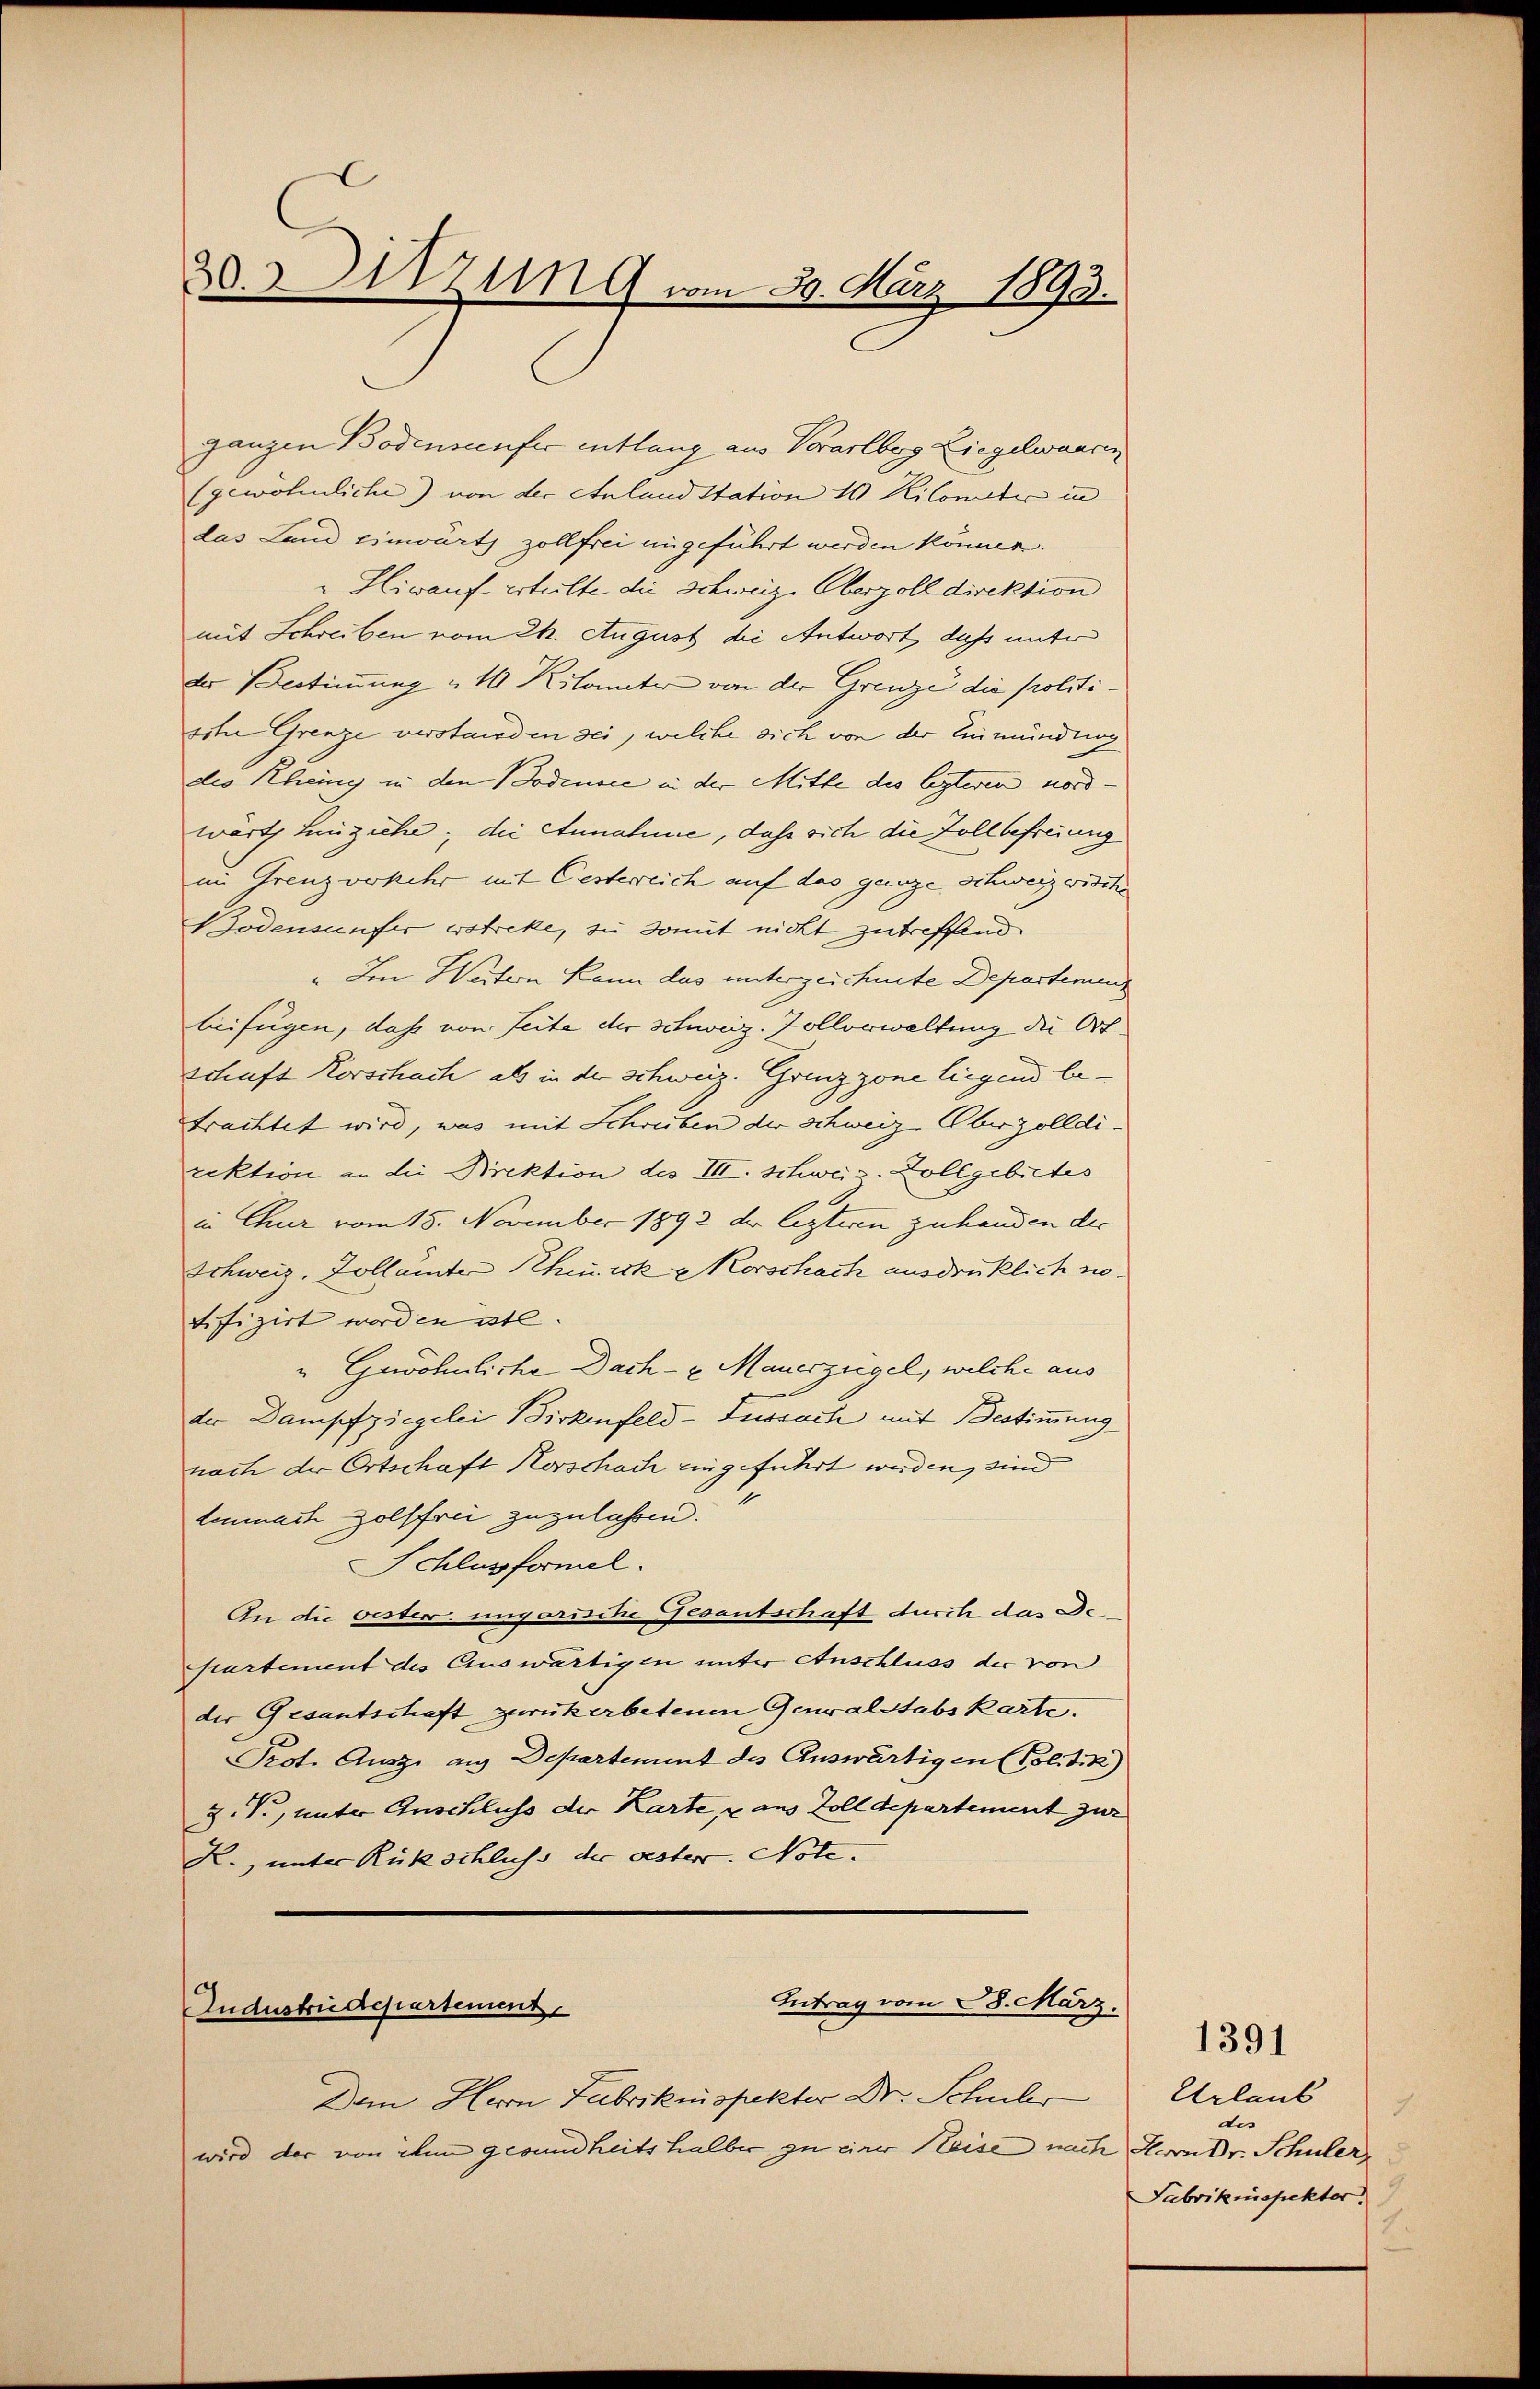
28.Sitzung vom 29. März 1893.

ganzen Bodensenfer entlang aus Vorarlberg Liegelwaaren
(gewöhnliche) von der Anland Station 10 Kilometer in
das Land einwärts zollfrei ungeführt werden können.
"Hirauf erteilte die Schweiz. Oberzoll direktion
mit Schreiben vom 24. August die Antwort, dass unter
der Bestimmung 10 Kilometer von der Grenze die Politisite Grenze verstanden sei, welche sich von der Einmündung
des Rheing in den Bodensee in der Mitte des lezteren nordwärts hinziehe, die Annahme, daß sich die Zollbefreiung
im Grenzvorkehr mit Gesterreich auf das ganze Schweiz wische
Bodensunfer erstreke, zu somit nicht zutreffend
„Im Weitern kann das unterzeichnete Departemeng
beifügen, daß von Seite der schweiz. Zollorwaltung die Ortschaft Korschach, als in der schweiz. Grenzzone liegend betrachtet wird, was mit Schreiben der schweiz. Oberzolldi-
rektion an die Direktion des III. Schweiz. Zollgebietes
in Chur vom 15. November 1892 der lezteren zuhanden der
Schweiz. Zollämter Theurk orschach ausdrücklich notifizirt worden etl
"Gewöhnliche Dach- u. Mauerzeigel, welche aus
der Dampfziegelei Birkenfeld-Lussach mit Bestimmung
nach der Ortschaft Horschach eingeführt werden, sind
tenmach Holffrei zuzulassen.
Schlussformel.
An die bester ungarische Gesantschaft durch das Departement des Auswärtigen unter Anschluss der von
der Gesantschaft zurückerbetenen Generalstabskarte.
Prot. Auszi aus Departement des Auswärtigen (Politis
Z. V., unter Anschluss der Karte, u aus Zolldepartement zur
K., unter Rückschluss der oester. Note.

Intrag vom 28. März.
Andustrie departement

Dem Herrn Fabrikinspekter Dr. Schuler
wird der von ihm gesundheits halber zu einer Reise nach Herrn Dr. Schüler

1391

Urlaub
.
des
Fabrikinspekter.
.